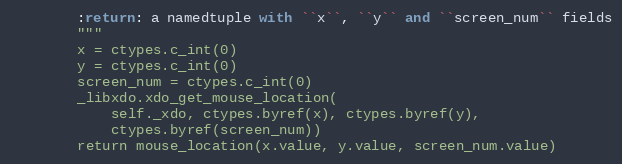
Language: Python
        :return: a namedtuple with ``x``, ``y`` and ``screen_num`` fields
        """
        x = ctypes.c_int(0)
        y = ctypes.c_int(0)
        screen_num = ctypes.c_int(0)
        _libxdo.xdo_get_mouse_location(
            self._xdo, ctypes.byref(x), ctypes.byref(y),
            ctypes.byref(screen_num))
        return mouse_location(x.value, y.value, screen_num.value)